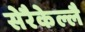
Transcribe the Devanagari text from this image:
सेरैकेल्लै